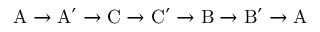
\mathrm { A \to A ^ { \prime } \to C \to C ^ { \prime } \to B \to B ^ { \prime } \to A }